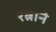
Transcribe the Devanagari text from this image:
रत्नाने